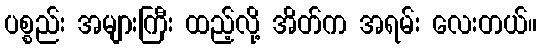
ပစ္စည်း အများကြီး ထည့်လို့ အိတ်က အရမ်း လေးတယ်။